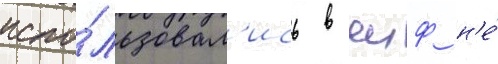
испо́льзовал'ись в яиф н'е́